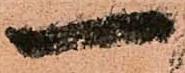
一